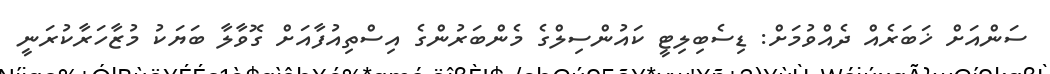
ސަންއަށް ޚަބަރެއް ދެއްވުމަށް: ޑިސެބިލިޓީ ކައުންސިލްގެ މެންބަރުންގެ އިސްތިއުފާއަށް ގޮވާލާ ބަޔަކު މުޒާހަރާކުރަނީ